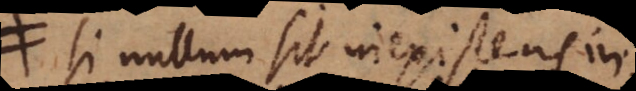
si nullum sit inexistens in